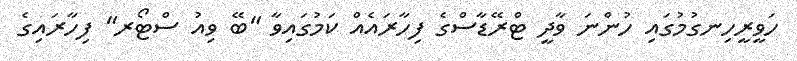
ހަވީރީހިނގުމުގައި ހުންނަ ވާދީ ޓްރޭޑާސްގެ ފިހާރައެއް ކަމުގައިވާ "ބޭ ވިއު ސްޓޯރ" ފިހާރައިގެ